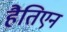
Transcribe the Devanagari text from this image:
हैतिएन